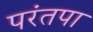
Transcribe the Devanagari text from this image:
परंतपा